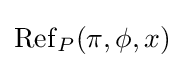
\mathrm {Ref} _{P}(\pi ,\phi ,x)